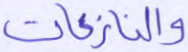
والنازعات